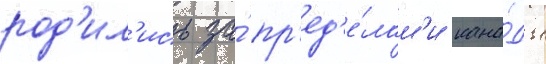
род'ил'ись за́ пр'ед'е́лам'и кана́ды